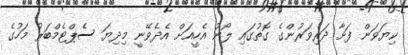
ކިޔަވަން ފަށާ ދަރިވަރުންގެ ގޮތުގައި ލޯނު އެހީއަށް އެދެވޭނީ މިދިޔަ ސެޕްޓެމްބަރު މަހުގެ